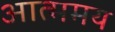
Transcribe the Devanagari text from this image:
आत्ममय